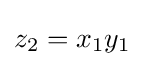
z_{2}=x_{1}y_{1}